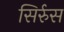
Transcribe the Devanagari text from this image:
सिर्रुस